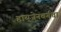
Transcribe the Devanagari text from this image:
हायजेनबर्गचा